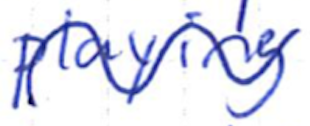
Text: playing
Cross-out: wave
Writing tool: ballpoint